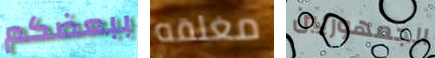
ببعضكم مغلقه الجمهوريين